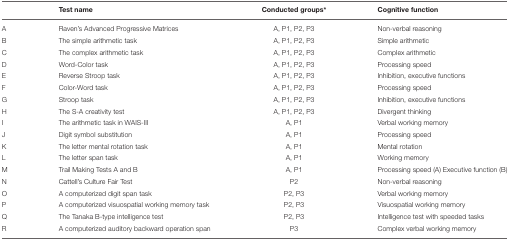
|  | Test name | Conducted groups* | Cognitive function |
 | --- | --- | --- | --- |
 | A | Raven's Advanced Progressive Matrices | A, P1, P2, P3 | Non-verbal reasoning |
 | B | The simple arithmetic task | A, P1, P2, P3 | Simple arithmetic |
 | C | The complex arithmetic task | A, P1, P2, P3 | Complex arithmetic |
 | D | Word-Color task | A, P1, P2, P3 | Processing speed |
 | E | Reverse Stroop task | A, P1, P2, P3 | Inhibition, executive functions |
 | F | Color-Word task | A, P1, P2, P3 | Processing speed |
 | G | Stroop task | A, P1, P2, P3 | Inhibition, executive functions |
 | H | The S-A creativity test | A, P1, P2, P3 | Divergent thinking |
 | I | The arithmetic task in WAIS-III | A, P1 | Verbal working memory |
 | J | Digit symbol substitution | A, P1 | Processing speed |
 | K | The letter mental rotation task | A, P1 | Mental rotation |
 | L | The letter span task | A, P1 | Working memory |
 | M | Trail Making Tests A and B | A, P1 | Processing speed (A) Executive function (B) |
 | N | Cattell's Culture Fair Test | P2 | Non-verbal reasoning |
 | O | A computerized digit span task | P2, P3 | Verbal working memory |
 | P | A computerized visuospatial working memory task | P2, P3 | Visuospatial working memory |
 | Q | The Tanaka B-type intelligence test | P2, P3 | Intelligence test with speeded tasks |
 | R | A computerized auditory backward operation span | P3 | Complex verbal working memory |